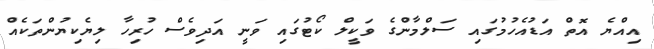
އިއްޔެ އޮތް އަޑުއެހުމުގައި ސަލްމާންގެ ވަކީލް ކޯޓުގައި ވަނީ އަދިވެސް ހުރިހާ ލިޔެކިޔުންތަކެއް